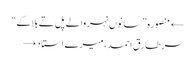
← منصورہ ”سانوں نہر والے پل تے بلاکے“
سر طارق احمد، میرے استاد →